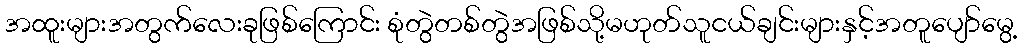
အထူးများအတွက်လေးခုဖြစ်ကြောင်း စုံတွဲတစ်တွဲအဖြစ်သို့မဟုတ်သူငယ်ချင်းများနှင့်အတူပျော်မွေ့